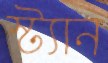
স্ট্যান